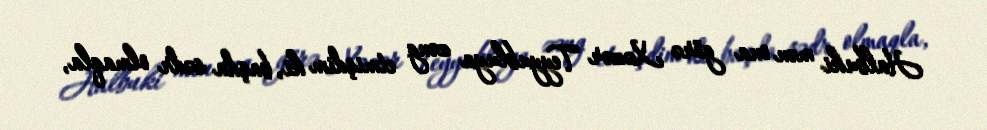
Halbuki mən ona görə Xəzər Teyyubluya zəng etmişdim ki, başda sədr olmaqla,